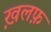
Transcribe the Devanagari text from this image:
ख़लफ़